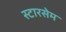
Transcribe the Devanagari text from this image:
स्टारसेम